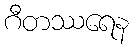
ဂီတဿရေန